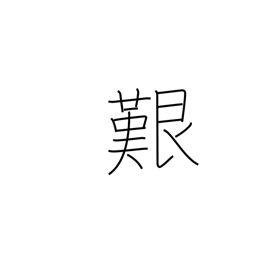
Meaning: perilous